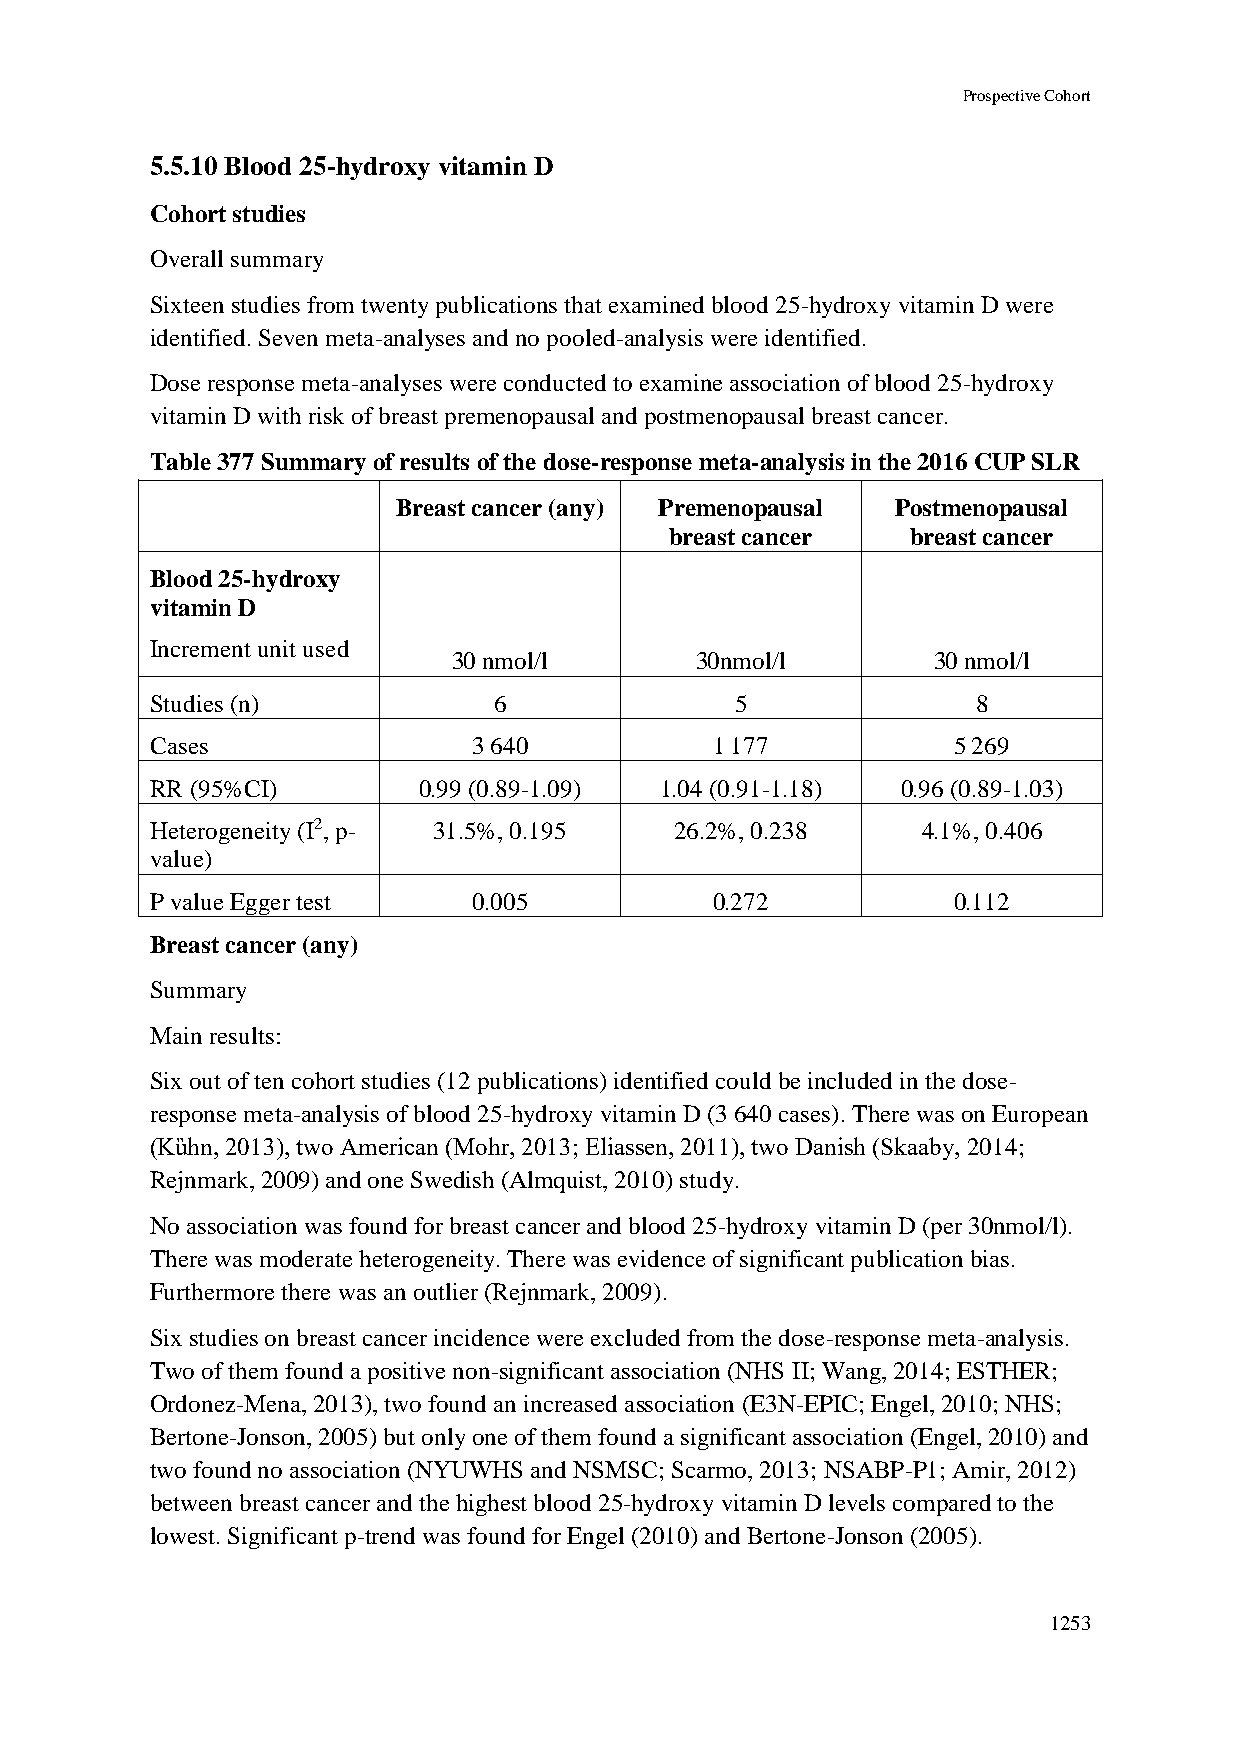
Prospective Cohort
 5.5.10 Blood 25-hydroxy vitamin D
 Cohort studies
 Overall summary
 Sixteen studies from twenty publications that examined blood 25-hydroxy vitamin D were
 identified. Seven meta-analyses and no pooled-analysis were identified.
 Dose response meta-analyses were conducted to examine association of blood 25-hydroxy
 vitamin D with risk of breast premenopausal and postmenopausal breast cancer.
 Table 377 Summary of results of the dose-response meta-analysis in the 2016 CUP SLR
 Breast cancer (any) Premenopausal Postmenopausal
 breast cancer   breast cancer
 Blood 25-hydroxy
 vitamin D
 Increment unit used
 30 nmol/l       30nmol/l        30 nmol/l
 Studies (n)            6               5               8
 Cases                3 640           1 177           5 269
 RR (95%CI)        0.99 (0.89-1.09) 1.04 (0.91-1.18) 0.96 (0.89-1.03)
 Heterogeneity (I2, p- 31.5%, 0.195 26.2%, 0.238    4.1%, 0.406
 value)
 P value Egger test   0.005           0.272           0.112
 Breast cancer (any)
 Summary
 Main results:
 Six out of ten cohort studies (12 publications) identified could be included in the dose-
 response meta-analysis of blood 25-hydroxy vitamin D (3 640 cases). There was on European
 (Kȕhn, 2013), two American (Mohr, 2013; Eliassen, 2011), two Danish (Skaaby, 2014;
 Rejnmark, 2009) and one Swedish (Almquist, 2010) study.
 No association was found for breast cancer and blood 25-hydroxy vitamin D (per 30nmol/l).
 There was moderate heterogeneity. There was evidence of significant publication bias.
 Furthermore there was an outlier (Rejnmark, 2009).
 Six studies on breast cancer incidence were excluded from the dose-response meta-analysis.
 Two of them found a positive non-significant association (NHS II; Wang, 2014; ESTHER;
 Ordonez-Mena, 2013), two found an increased association (E3N-EPIC; Engel, 2010; NHS;
 Bertone-Jonson, 2005) but only one of them found a significant association (Engel, 2010) and
 two found no association (NYUWHS and NSMSC; Scarmo, 2013; NSABP-P1; Amir, 2012)
 between breast cancer and the highest blood 25-hydroxy vitamin D levels compared to the
 lowest. Significant p-trend was found for Engel (2010) and Bertone-Jonson (2005).
 1253